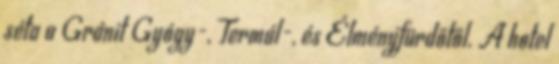
séta a Gránit Gyógy-, Termál-, és Élményfürdőtől. A hotel